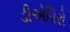
ડીએપિરો